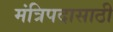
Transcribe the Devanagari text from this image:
मंत्रिपदासाठी